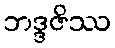
ဘဒ္ဒဇိဿ